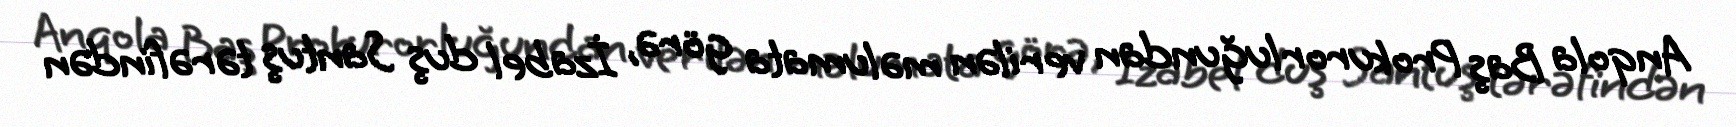
Anqola Baş Prokurorluğundan verilən məlumata görə, İzabel duş Santuş tərəfindən